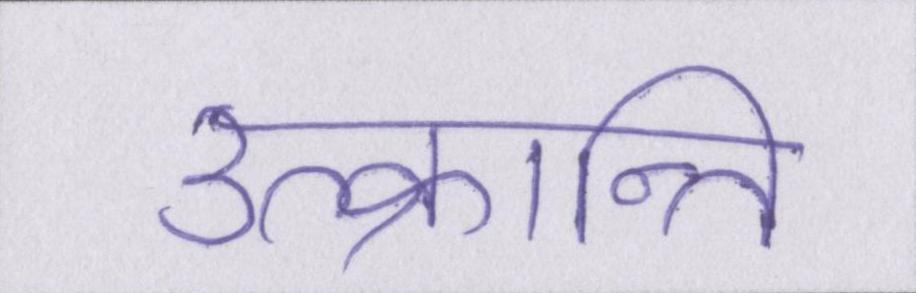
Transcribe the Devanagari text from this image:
उत्क्रान्ति